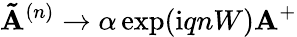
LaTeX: \mathbf{\tilde{A}}^{(n)}\to\alpha\exp(\mathrm{i}qnW)\mathbf{A}^{+}